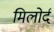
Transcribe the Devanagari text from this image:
मिलोर्द